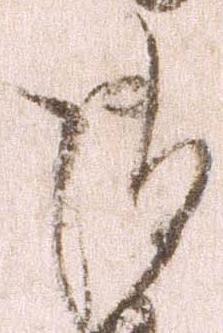
御